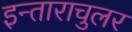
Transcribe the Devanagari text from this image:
इन्ताराचुलर